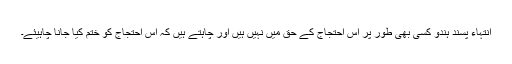
انتہاء پسند ہندو کسی بھی طور پر اس احتجاج کے حق میں نہیں ہیں اور چاہتے ہیں کہ اس احتجاج کو ختم کیا جانا چاہیئے۔